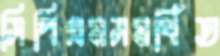
সিপিএমসমর্থিত